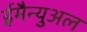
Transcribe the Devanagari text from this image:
ईमैन्युअल